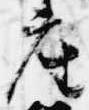
座